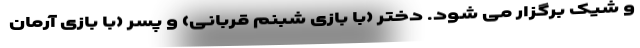
و شیک برگزار می شود. دختر (با بازی شبنم قربانی) و پسر (با بازی آرمان